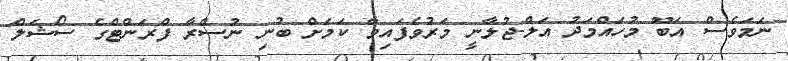
ނަމަވެސް އަބޫ މުހައްމަދު އަލް-ޖުލާނީ މަރުވެފައިވާ ކަމަށް ބުނި ނުސްރާ ފްރަންޓްގެ ސޯޝަލް